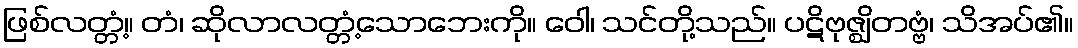
ဖြစ်လတ္တံ့။ တံ၊ ဆိုလာလတ္တံ့သောဘေးကို။ ဝေါ၊ သင်တို့သည်။ ပဋိဗုဇ္ဈိတဗ္ဗံ၊ သိအပ်၏။